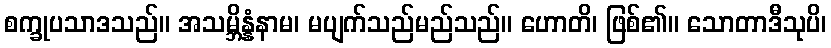
စက္ခုပသာဒသည်။ အသမ္ဘိန္နံနာမ၊ မပျက်သည်မည်သည်။ ဟောတိ၊ ဖြစ်၏။ သောတာဒီသုပိ၊